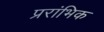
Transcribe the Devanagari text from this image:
प्ररांभिक